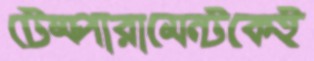
টেম্পারামেন্টকেই